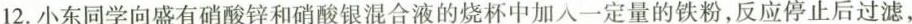
12.小东同学向盛有硝酸锌和硝酸银混合液的烧杯中加入一定量的铁粉，反应停止后过滤，